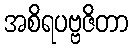
အစိရပဗ္ဗဇိတာ